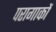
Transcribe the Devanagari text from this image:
परागाकों